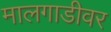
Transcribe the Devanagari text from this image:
मालगाडीवर